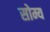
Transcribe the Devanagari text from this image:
सोम्य